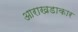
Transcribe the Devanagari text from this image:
आराखडाकार